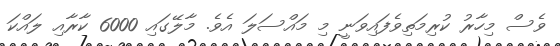
ވެސް މިހާރު ކުރިމަތިވެފައިވަނީ މި މައްސަލަ އެވެ. މާލޭގައި 6000 ކާރާއި ލައްކަ